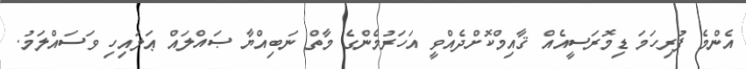
އެންމެ ފުރިހަމަ ޑިމޮރަސީއެއް ޤާއިމްކޮށްދެއްވީ އަހަރުމެންގެ މާތް ނަބިއްޔާ ޞައްލައް ޢަލައިހި ވަސައްލަމު.